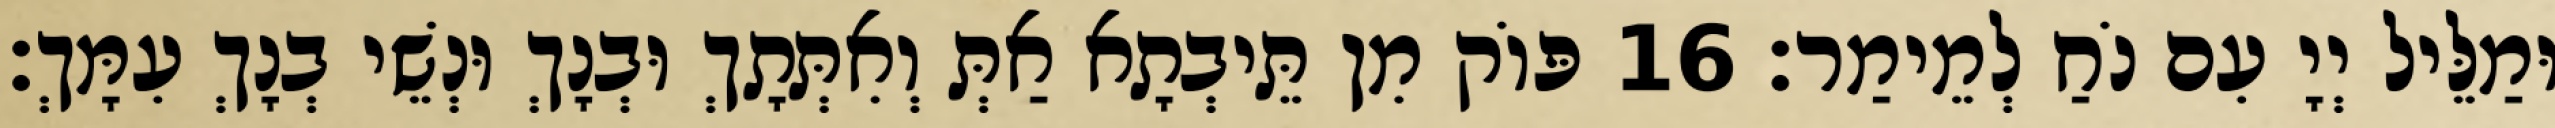
וּמַלֵּיל יְיָ עִם נֹחַ לְמֵימַר׃ 16 פּוֹק מִן תֵּיבְתָא אַתְּ וְאִתְּתָךְ וּבְנָךְ וּנְשֵׁי בְנָךְ עִמָּךְ׃